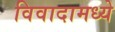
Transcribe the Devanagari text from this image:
विवादामध्ये